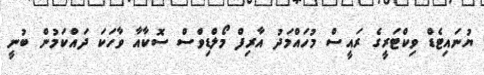
ޔުނައިޓެޑް ވިކްޓަރީގެ ރައީސް މުހައްމަދު އާރިފް މޯލްޑިވްސް ސޮކާއާ ވާހަކަ ދައްކަމުން ބުނީ